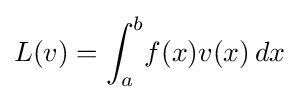
L(v)=\int _{a}^{b}\!f(x)v(x)\,dx